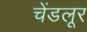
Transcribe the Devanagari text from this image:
चेंडलूर